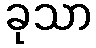
ခုသာ